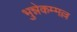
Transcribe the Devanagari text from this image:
भुन्नेकम्मल्ल